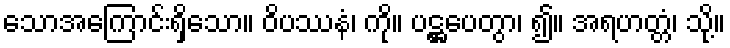
သောအကြောင်းရှိသော။ ဝိပဿနံ၊ ကို။ ပဋ္ဌပေတွာ၊ ၍။ အရဟတ္တံ၊ သို့။